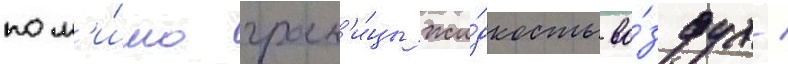
пом'и́мо гран'и́цы жи́дкость-во́здух /